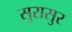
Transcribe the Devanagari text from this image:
सुरासुर